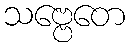
သဗ္ဗေတေ